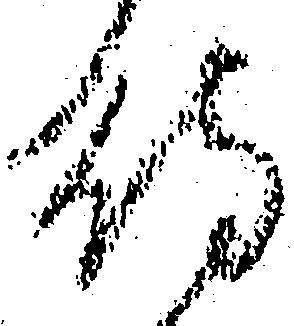
待